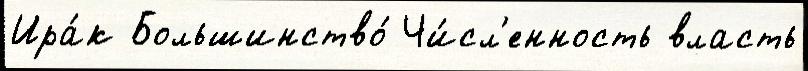
Ира́к Большинство́ Чи́сл'енность власть